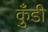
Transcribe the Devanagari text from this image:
कुँडी